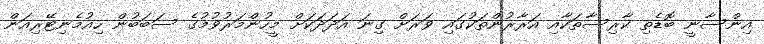
އިންސާނީ ބޮޑެތި ކާރިސާތަކާއި އަރާރުންތަކުގައި ވަރަށް ގިނަ އަދަދަކަށް މީހުންމަރުވުމުގެ ސަބަބުން ހިއުމެނިޓޭރިއަން